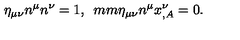
\eta _ { \mu \nu } n ^ { \mu } n ^ { \nu } = 1 , \hspace * { 5 m m } \eta _ { \mu \nu } n ^ { \mu } x _ { , A } ^ { \nu } = 0 .